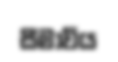
සීමාවිය